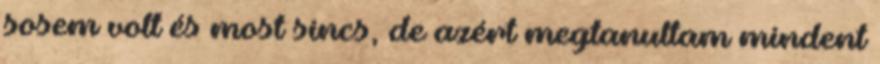
sosem volt és most sincs, de azért megtanultam mindent